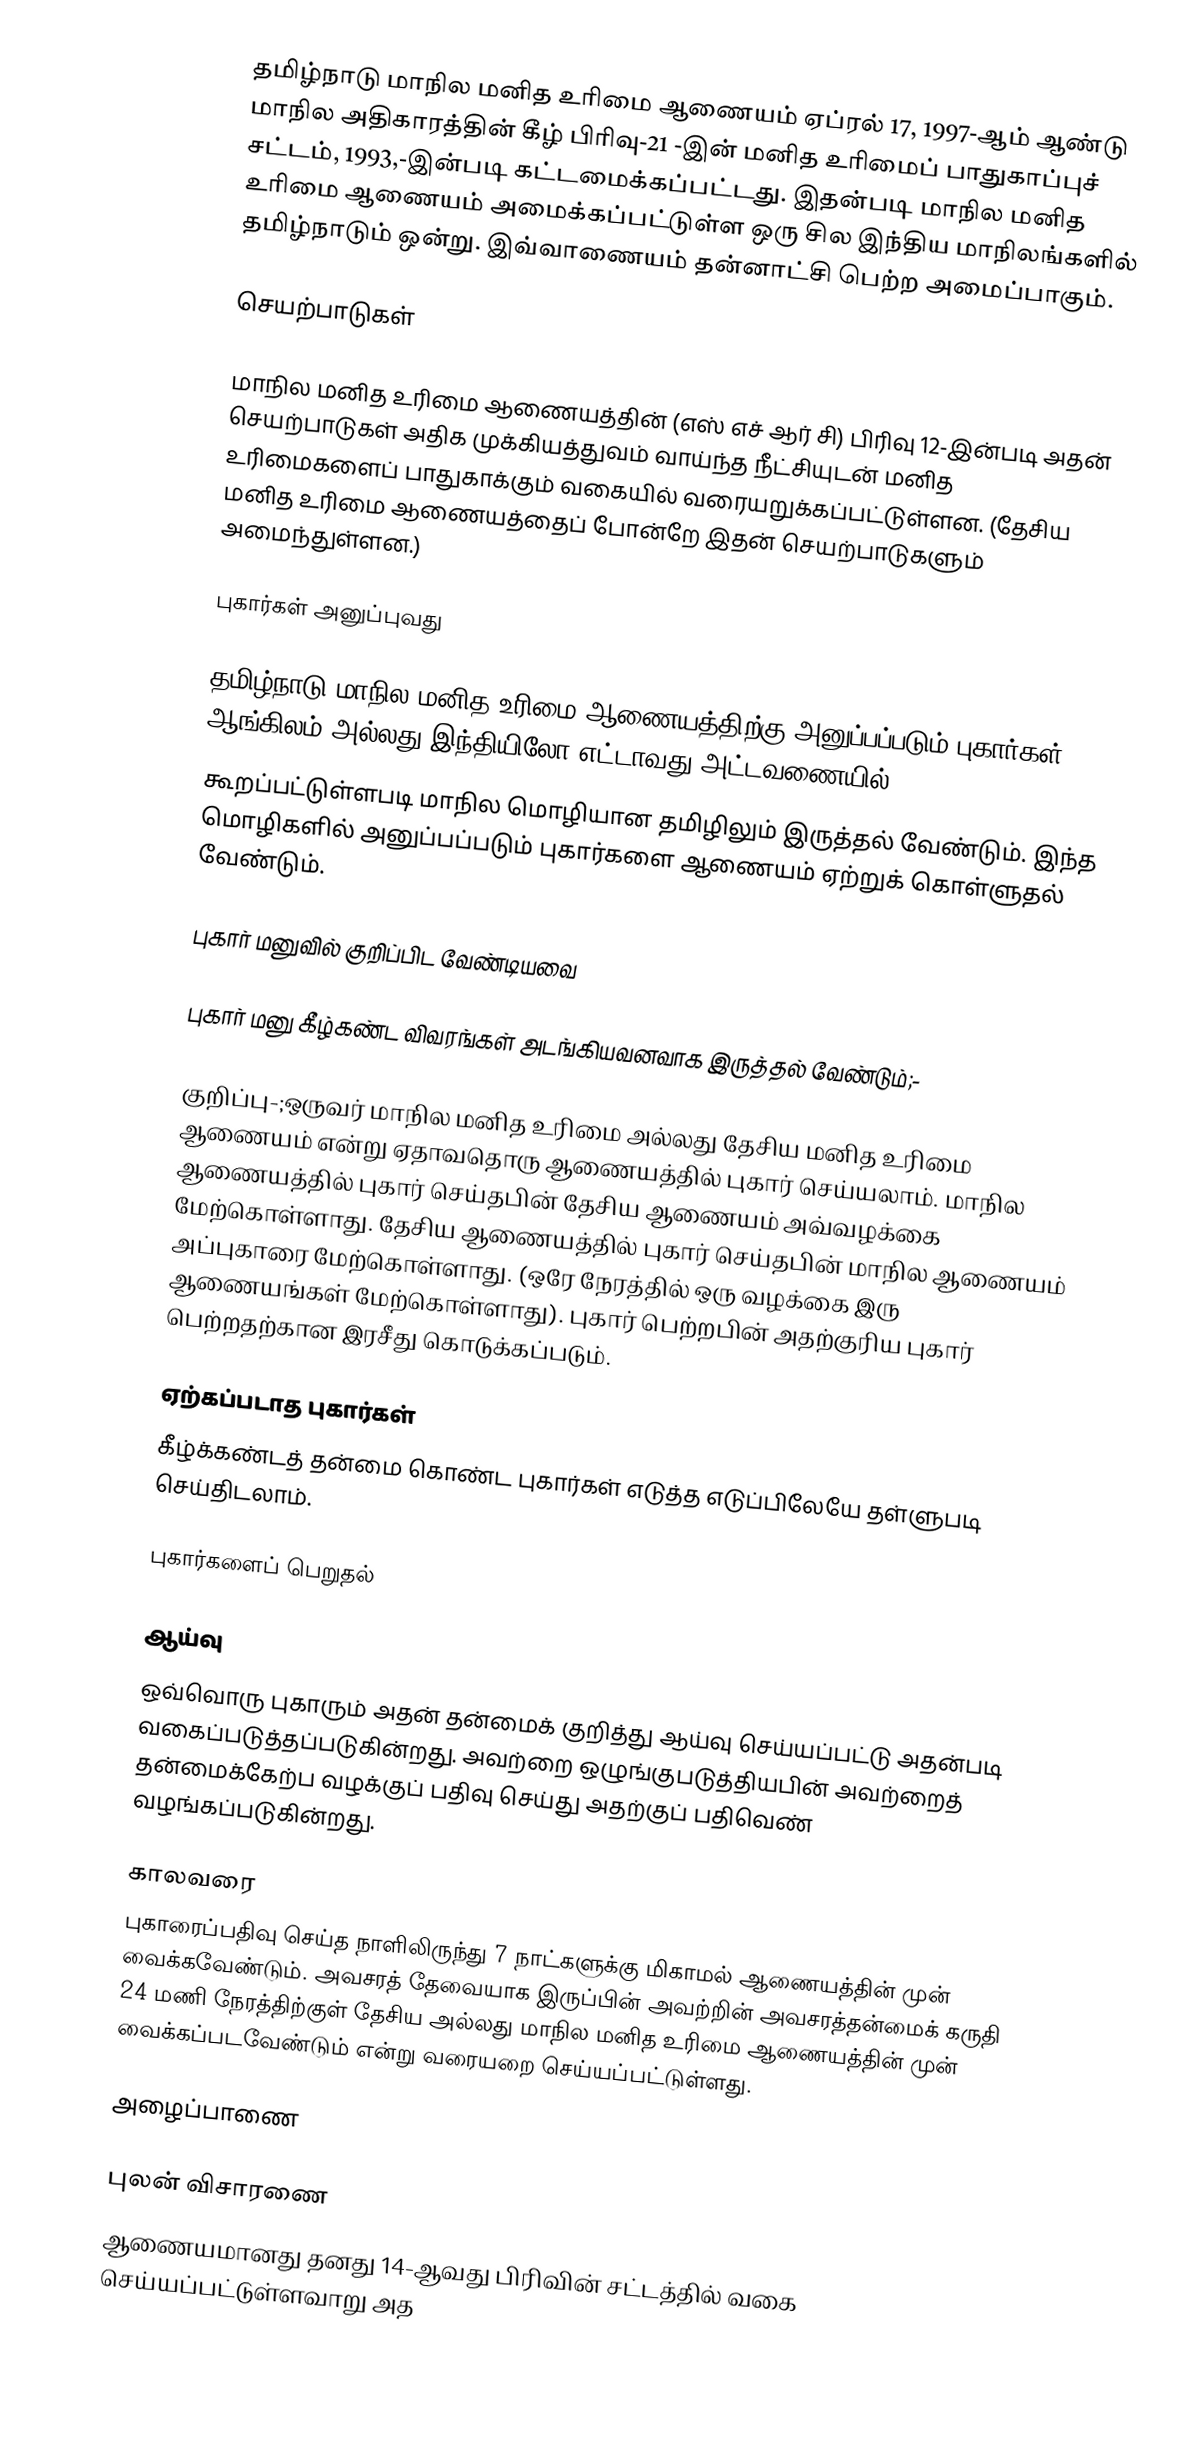
தமிழ்நாடு மாநில மனித உரிமை ஆணையம் ஏப்ரல் 17, 1997-ஆம் ஆண்டு மாநில அதிகாரத்தின் கீழ்  பிரிவு-21 -இன் மனித உரிமைப் பாதுகாப்புச் சட்டம், 1993,-இன்படி கட்டமைக்கப்பட்டது. இதன்படி மாநில மனித உரிமை ஆணையம் அமைக்கப்பட்டுள்ள ஒரு சில இந்திய மாநிலங்களில் தமிழ்நாடும் ஒன்று. இவ்வாணையம் தன்னாட்சி பெற்ற அமைப்பாகும்.

செயற்பாடுகள்

மாநில மனித உரிமை ஆணையத்தின் (எஸ் எச் ஆர் சி) பிரிவு  12-இன்படி அதன் செயற்பாடுகள் அதிக முக்கியத்துவம் வாய்ந்த நீட்சியுடன்  மனித உரிமைகளைப் பாதுகாக்கும் வகையில் வரையறுக்கப்பட்டுள்ளன. (தேசிய மனித உரிமை ஆணையத்தைப் போன்றே இதன் செயற்பாடுகளும் அமைந்துள்ளன.)

புகார்கள் அனுப்புவது

தமிழ்நாடு மாநில மனித உரிமை ஆணையத்திற்கு அனுப்பப்படும் புகார்கள் ஆங்கிலம் அல்லது இந்தியிலோ எட்டாவது அட்டவணையில்
கூறப்பட்டுள்ளபடி மாநில மொழியான தமிழிலும் இருத்தல் வேண்டும். இந்த மொழிகளில் அனுப்பப்படும் புகார்களை ஆணையம் ஏற்றுக் கொள்ளுதல் வேண்டும்.

புகார் மனுவில் குறிப்பிட வேண்டியவை

புகார் மனு கீழ்கண்ட விவரங்கள் அடங்கியவனவாக இருத்தல் வேண்டும்;-

குறிப்பு-;ஒருவர் மாநில மனித உரிமை அல்லது தேசிய மனித உரிமை ஆணையம் என்று ஏதாவதொரு ஆணையத்தில் புகார் செய்யலாம். மாநில ஆணையத்தில் புகார் செய்தபின் தேசிய ஆணையம் அவ்வழக்கை மேற்கொள்ளாது. தேசிய ஆணையத்தில் புகார் செய்தபின் மாநில ஆணையம் அப்புகாரை மேற்கொள்ளாது. (ஒரே நேரத்தில் ஒரு வழக்கை இரு ஆணையங்கள் மேற்கொள்ளாது). புகார் பெற்றபின் அதற்குரிய புகார் பெற்றதற்கான இரசீது கொடுக்கப்படும்.

ஏற்கப்படாத புகார்கள்
கீழ்க்கண்டத் தன்மை கொண்ட புகார்கள் எடுத்த எடுப்பிலேயே தள்ளுபடி செய்திடலாம்.

புகார்களைப் பெறுதல்

ஆய்வு
ஒவ்வொரு புகாரும் அதன் தன்மைக் குறித்து ஆய்வு செய்யப்பட்டு அதன்படி வகைப்படுத்தப்படுகின்றது. அவற்றை ஒழுங்குபடுத்தியபின் அவற்றைத் தன்மைக்கேற்ப வழக்குப் பதிவு செய்து அதற்குப் பதிவெண் வழங்கப்படுகின்றது.

காலவரை
புகாரைப்பதிவு செய்த நாளிலிருந்து 7 நாட்களுக்கு மிகாமல் ஆணையத்தின் முன் வைக்கவேண்டும். அவசரத் தேவையாக இருப்பின் அவற்றின் அவசரத்தன்மைக் கருதி 24 மணி நேரத்திற்குள் தேசிய அல்லது மாநில மனித உரிமை ஆணையத்தின் முன் வைக்கப்படவேண்டும் என்று வரையறை செய்யப்பட்டுள்ளது.

அழைப்பாணை

புலன் விசாரணை
ஆணையமானது தனது 14-ஆவது பிரிவின் சட்டத்தில் வகை செய்யப்பட்டுள்ளவாறு அத